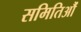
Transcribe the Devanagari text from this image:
समितिऔं